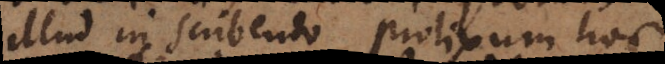
illud in scribendo prolixum hoc